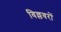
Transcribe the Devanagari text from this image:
विल्लवरों